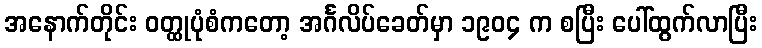
အနောက်တိုင်း ဝတ္ထုပုံစံကတော့ အင်္ဂလိပ်ခေတ်မှာ ၁၉၀၄ က စပြီး ပေါ်ထွက်လာပြီး